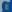
e